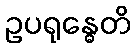
ဥပရုန္ဓေတိ